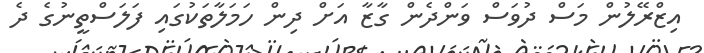
އިޒްރޭލުން މަސް ދުވަސް ވަންދެން ގާޒާ އަށް ދިން ހަމަލާތަކުގައި ފަލަސްތީނުގެ ދެ